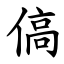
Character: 傐